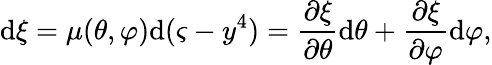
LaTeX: \mathrm{d}\xi=\mu(\theta,\varphi)\mathrm{d}(\varsigma-y^{4})=\frac{{\partial\xi}}{{\partial\theta}}\mathrm{d}\theta+\frac{{\partial\xi}}{{\partial\varphi}}\mathrm{d}\varphi,